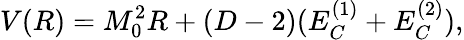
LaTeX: V(R)=M_{0}^{2}R+(D-2)(E_{C}^{(1)}+E_{C}^{(2)}),